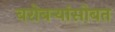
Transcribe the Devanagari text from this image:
बरोबर्‍यांसोबत